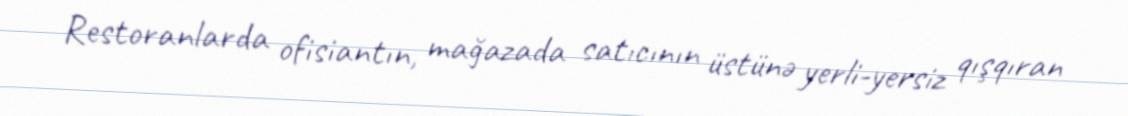
Restoranlarda ofisiantın, mağazada satıcının üstünə yerli-yersiz qışqıran